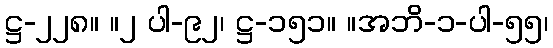
ဋ္ဌ-၂၂၈။ ။၂ ပါ-၉၂၊ ဋ္ဌ-၁၅၁။ ။အဘိ-၁-ပါ-၅၅၊